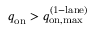
q _ { \mathrm { o n } } > q _ { \mathrm { o n , m a x } } ^ { \mathrm { ( 1 - l a n e ) } }